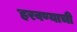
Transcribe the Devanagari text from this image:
हरवण्याची